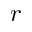
r